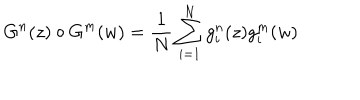
LaTeX: G ^ { n } ( z ) \circ G ^ { m } ( w ) = { \frac { 1 } { N } } \sum _ { i = 1 } ^ { N } g _ { i } ^ { n } ( z ) g _ { i } ^ { m } ( w )